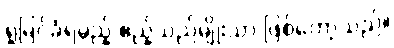
ရှုမြင်ခံရမည့် ဧည့်သည်မျိုးသာ ဖြစ်တော့သည်။